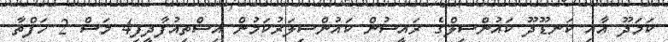
ކަމަދޫ އާއި ކަނޑޫދޫ ކައުންސިލްގެ ރައީސުން ކައުންސިލަރުކަމުން އިސްތިއުފާދީފި4 މަސް 2 ހަފްތާ